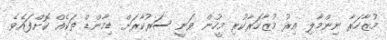
މުޒާހަރާ ނިންމާލި އިރު މުޒާހަރާކުރި މީހުން ވަނީ ސަރުކާރަށް ޑިމާންޑް ތަކެއް ކޮށްފައެވެ.